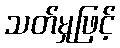
သတ်မှုဖြင့်